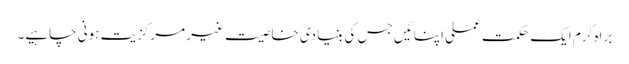
براہ کرم ایک حکمت عملی اپنائیں جس کی بنیادی خاصیت غیر مرکزیت ہونی چاہیے۔